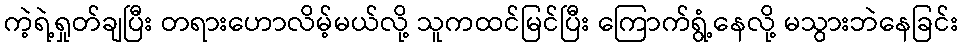
ကဲ့ရဲ့ရှုတ်ချပြီး တရားဟောလိမ့်မယ်လို့ သူကထင်မြင်ပြီး ကြောက်ရွံ့နေလို့ မသွားဘဲနေခြင်း